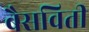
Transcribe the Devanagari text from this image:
बैसविती